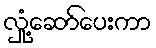
လှုံ့ဆော်ပေးကာ